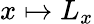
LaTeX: x\mapsto L_{x}